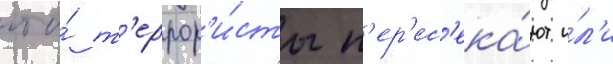
что́ т'еррор'и́сты п'ер'ес'ека́ют и́л'и